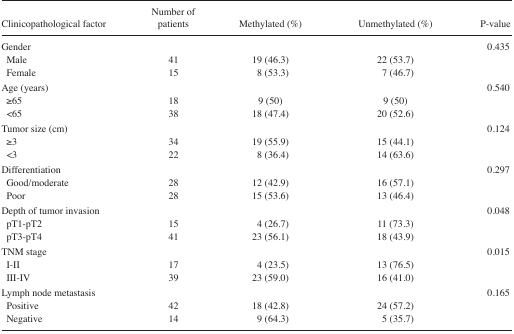
<table><thead><tr><td><b>Clinicopathological factor</b></td><td><b>Number of patients</b></td><td><b>Methylated (%)</b></td><td><b>Unmethylated (%)</b></td><td><b>P-value</b></td></tr></thead><tbody><tr><td>Gender</td><td></td><td></td><td></td><td>0.435</td></tr><tr><td> Male</td><td>41</td><td>19 (46.3)</td><td>22 (53.7)</td><td></td></tr><tr><td> Female</td><td>15</td><td>8 (53.3)</td><td>7 (46.7)</td><td></td></tr><tr><td>Age (years)</td><td></td><td></td><td></td><td>0.540</td></tr><tr><td> ≥65</td><td>18</td><td>9 (50)</td><td>9 (50)</td><td></td></tr><tr><td> &lt;65</td><td>38</td><td>18 (47.4)</td><td>20 (52.6)</td><td></td></tr><tr><td>Tumor size (cm)</td><td></td><td></td><td></td><td>0.124</td></tr><tr><td> ≥3</td><td>34</td><td>19 (55.9)</td><td>15 (44.1)</td><td></td></tr><tr><td> &lt;3</td><td>22</td><td>8 (36.4)</td><td>14 (63.6)</td><td></td></tr><tr><td>Differentiation</td><td></td><td></td><td></td><td>0.297</td></tr><tr><td> Good/moderate</td><td>28</td><td>12 (42.9)</td><td>16 (57.1)</td><td></td></tr><tr><td> Poor</td><td>28</td><td>15 (53.6)</td><td>13 (46.4)</td><td></td></tr><tr><td>Depth of tumor invasion</td><td></td><td></td><td></td><td>0.048</td></tr><tr><td> pT1–pT2</td><td>15</td><td>4 (26.7)</td><td>11 (73.3)</td><td></td></tr><tr><td> pT3–pT4</td><td>41</td><td>23 (56.1)</td><td>18 (43.9)</td><td></td></tr><tr><td>TNM stage</td><td></td><td></td><td></td><td>0.015</td></tr><tr><td> I–II</td><td>17</td><td>4 (23.5)</td><td>13 (76.5)</td><td></td></tr><tr><td> III–IV</td><td>39</td><td>23 (59.0)</td><td>16 (41.0)</td><td></td></tr><tr><td>Lymph node metastasis</td><td></td><td></td><td></td><td>0.165</td></tr><tr><td> Positive</td><td>42</td><td>18 (42.8)</td><td>24 (57.2)</td><td></td></tr><tr><td> Negative</td><td>14</td><td>9 (64.3)</td><td>5 (35.7)</td><td></td></tr></tbody></table>